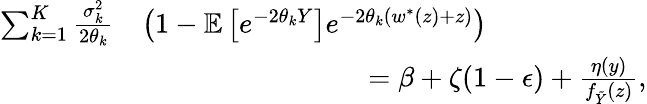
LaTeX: \begin{array}{rl}{\sum_{k=1}^{K}\frac{\sigma_{k}^{2}}{2\theta_{k}}}&{\left(1-{\mathbb{E}}\left[e^{-2\theta_{k}Y}\right]e^{-2\theta_{k}(w^{*}(z)+z)}\right)}\\ &{\qquad\qquad\qquad\qquad=\beta+\zeta(1-\epsilon)+\frac{\eta(y)}{f_{\tilde{Y}}(z)},}\end{array}